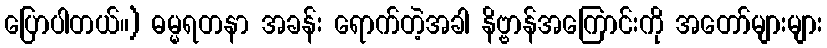
ပြောပါတယ်။) ဓမ္မရတနာ အခန်း ရောက်တဲ့အခါ နိဗ္ဗာန်အကြောင်းကို အတော်များများ